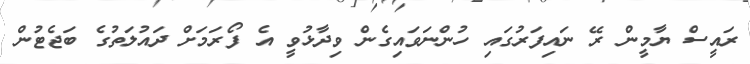
ރައީސް ޔާމީން ރޭ ނައިފަރުގައި ހުންނަވައިގެން ވިދާޅުވީ އެ ފޯރަމަށް ދައުލަތުގެ ބަޖެޓުން